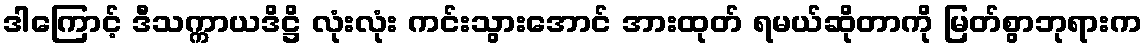
ဒါကြောင့် ဒီသက္ကာယဒိဋ္ဌိ လုံးလုံး ကင်းသွားအောင် အားထုတ် ရမယ်ဆိုတာကို မြတ်စွာဘုရားက